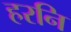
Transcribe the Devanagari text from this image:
हरनि